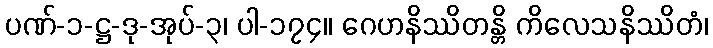
ပဏ်-၁-ဋ္ဌ-ဒု-အုပ်-၃၊ ပါ-၁၇၄။ ဂေဟနိဿိတန္တိ ကိလေသနိဿိတံ၊